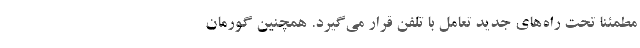
مطمئنا تحت راه‌های جدید تعامل با تلفن قرار می‌گیرد. همچنین گورمان